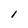
Character: l